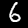
Label: 6